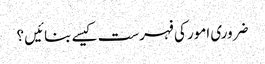
ضروری امور کی فہرست کیسے بنائیں ؟